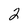
Character: 2